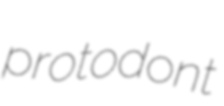
protodont